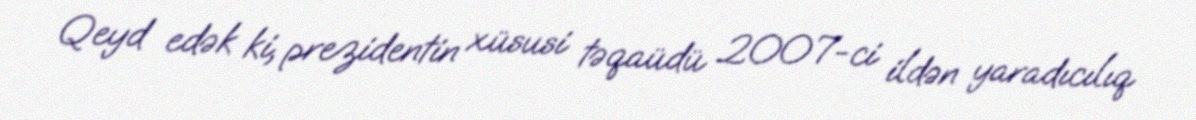
Qeyd edək ki, prezidentin xüsusi təqaüdü 2007-ci ildən yaradıcılıq